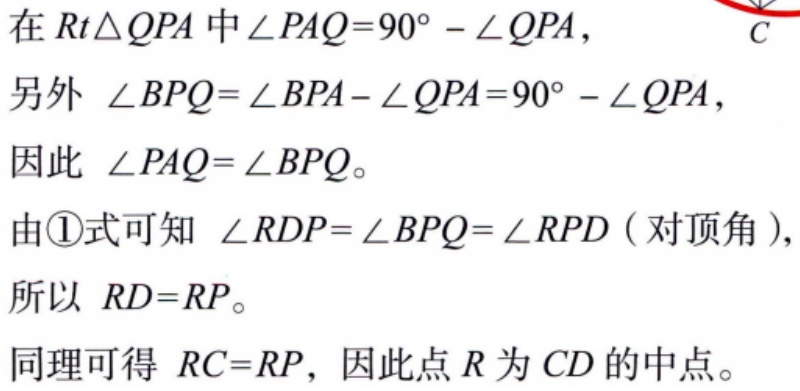
在 \(Rt\triangle QPA\) 中 \(\angle PAQ = 90^{\circ}-\angle QPA\)，
另外 \(\angle BPQ=\angle BPA - \angle QPA=90^{\circ}-\angle QPA\)，
因此 \(\angle PAQ = \angle BPQ\)。
由\textcircled{1}式可知 \(\angle RDP=\angle BPQ=\angle RPD\)（对顶角），
所以 \(RD = RP\)。
同理可得 \(RC = RP\)，因此点 \(R\) 为 \(CD\) 的中点。